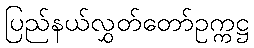
ပြည်နယ်လွှတ်တော်ဥက္ကဋ္ဌ